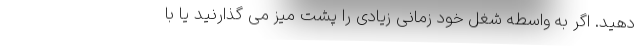
دهید. اگر به واسطه شغل خود زمانی زیادی را پشت میز می گذارنید یا با